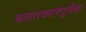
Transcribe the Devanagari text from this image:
बलात्कारपूर्वक